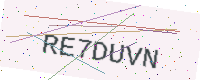
Text: RE7DUVN